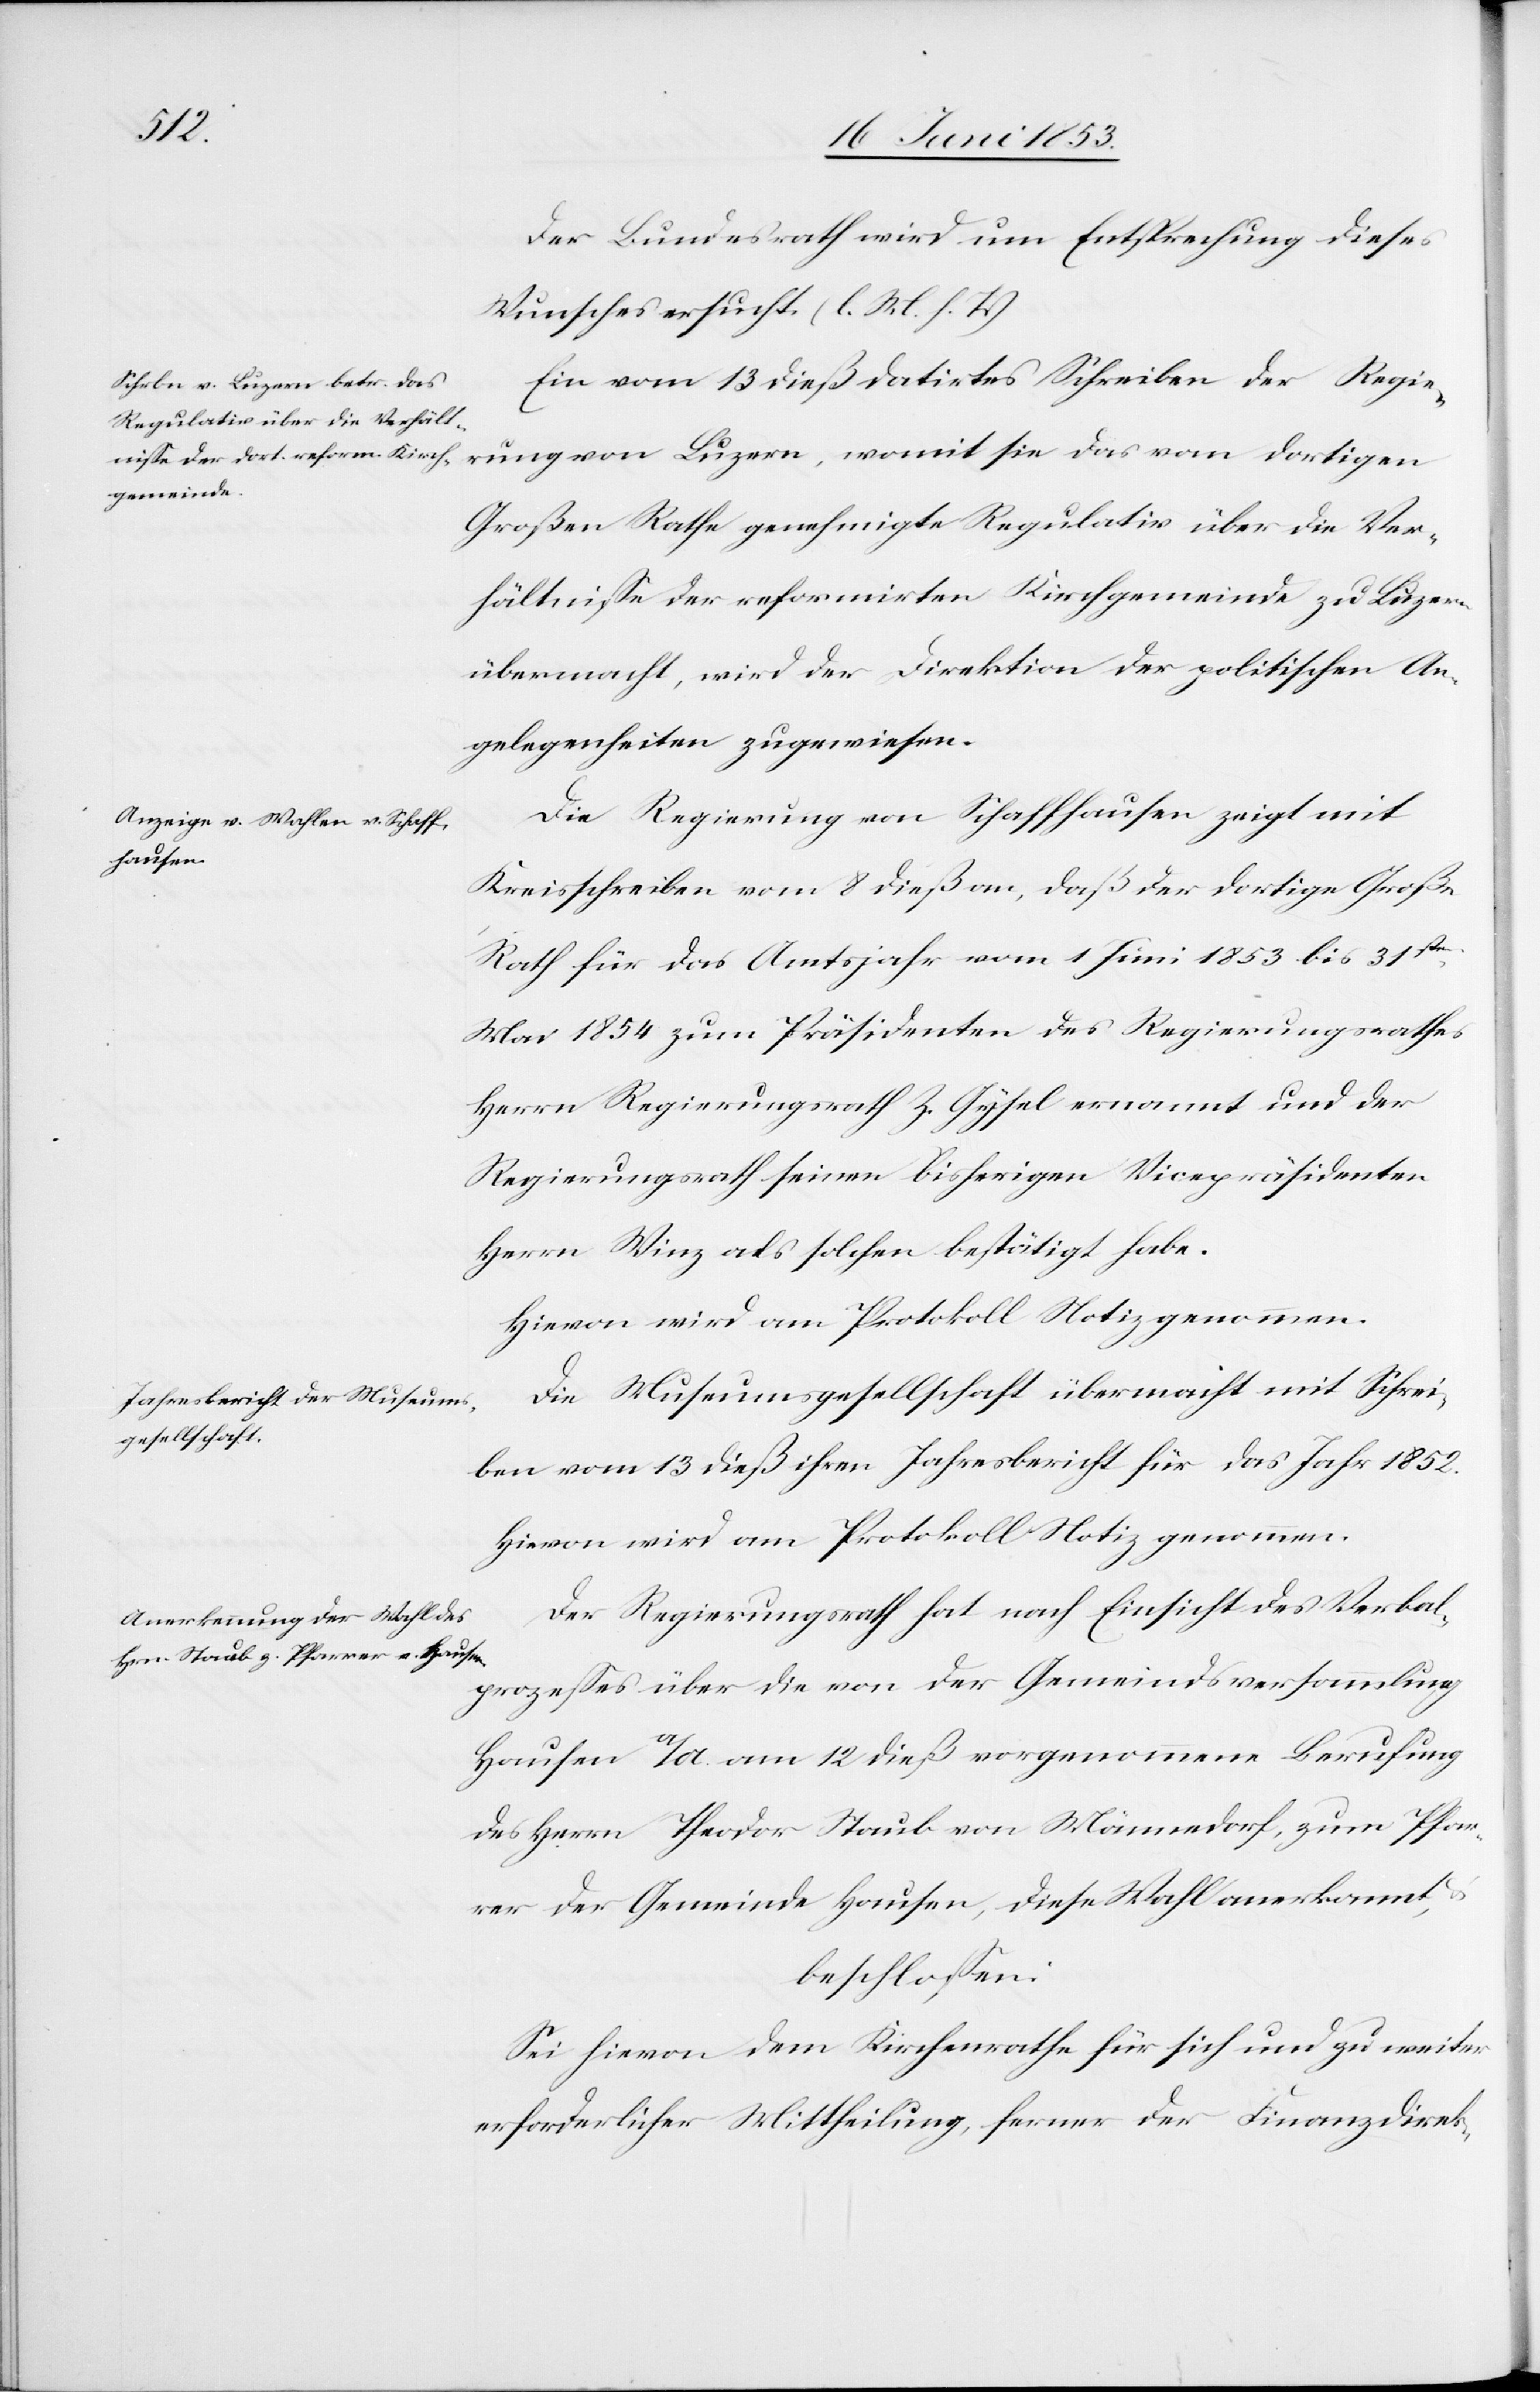
Der Bundesrath wird um Entsprechung dieses
Wunsches ersucht. [l. M. h. T]
Ein vom 13 dieß datirtes Schreiben der Regie¬
rung von Luzern, womit sie das vom dortigen
Großen Rathe genehmigte Regulativ über die Ver¬
hältniße der reformirten Kirchgemeinde zu Luzern
übermacht, wird der Direktion der politischen An¬
gelegenheiten zugewiesen.
Die Regierung von Schaffhausen zeigt mit
Kreisschreiben vom 8 dieß an, daß der dortige Große
Rath für das Amtsjahr vom 1 Juni 1853 bis 31sten
Mai 1854 zum Präsidenten des Regierungsrathes
Herrn Regierungsrath Z. Gysel ernannt und der
Regierungsrath seinen bisherigen Vicepräsidenten
Herrn Winz als solchen bestätigt habe.
Die Museumsgesellschaft übermacht mit Schrei¬
ben vom 13 dieß ihren Jahresbericht für das Jahr 1852.
Hievon wird am Protokoll Notiz genommen.
Der Regierungsrath hat nach Einsicht des Verbal¬
prozeßes über die von der Gemeindsversammlung
Hausen a/A. am 12 dieß vorgenommenen Berufung
des Herrn Theodor Staub von Männedorf, zum Pfar¬
rer der Gemeinde Hausen, diese Wahl anerkannt,
beschloßen:
Sei hievon dem Kirchenrathe für sich und zu weiter
erforderlicher Mittheilung ferner der Finanzdirek-